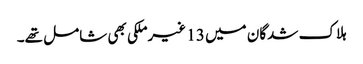
ہلاک شدگان میں 13 غیرملکی بھی شامل تھے۔